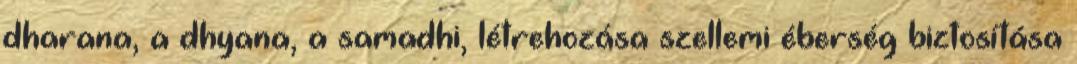
dharana, a dhyana, a samadhi, létrehozása szellemi éberség biztosítása